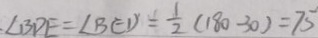
\angle B D E = \angle B E D = \frac { 1 } { 2 } ( 1 8 0 - 3 0 ) = 7 5